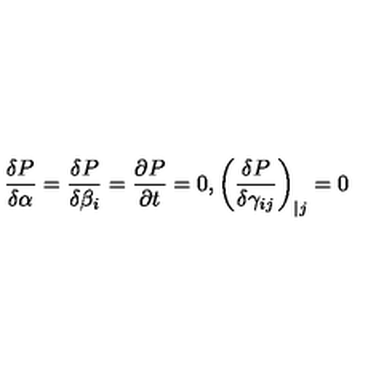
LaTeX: \frac { \delta P } { \delta \alpha } = \frac { \delta P } { \delta \beta _ { i } } = \frac { \partial P } { \partial t } = 0 , \left( \frac { \delta P } { \delta \gamma _ { i j } } \right) _ { | j } = 0